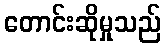
တောင်းဆိုမှုသည်